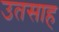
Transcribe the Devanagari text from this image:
उतसाह